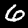
Label: 6